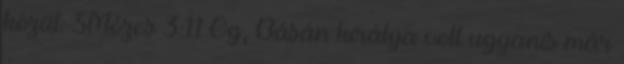
közül: 5Mózes 3:11 Og, Básán királya volt ugyanis már